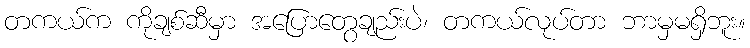
တကယ်က ကိုချစ်ဆီမှာ အပြောတွေချည်းပဲ၊ တကယ်လုပ်တာ ဘာမှမရှိဘူး။